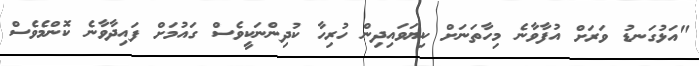
"އަޅުގަނޑު ވަރަށް އުފާވާނެ މިހާތަނަށް ކިޔަވައިދިން ހުރިހާ ކުދިންނަކީވެސް ގައުމަށް ފައިދާވާނެ ކޮންމެވެސް